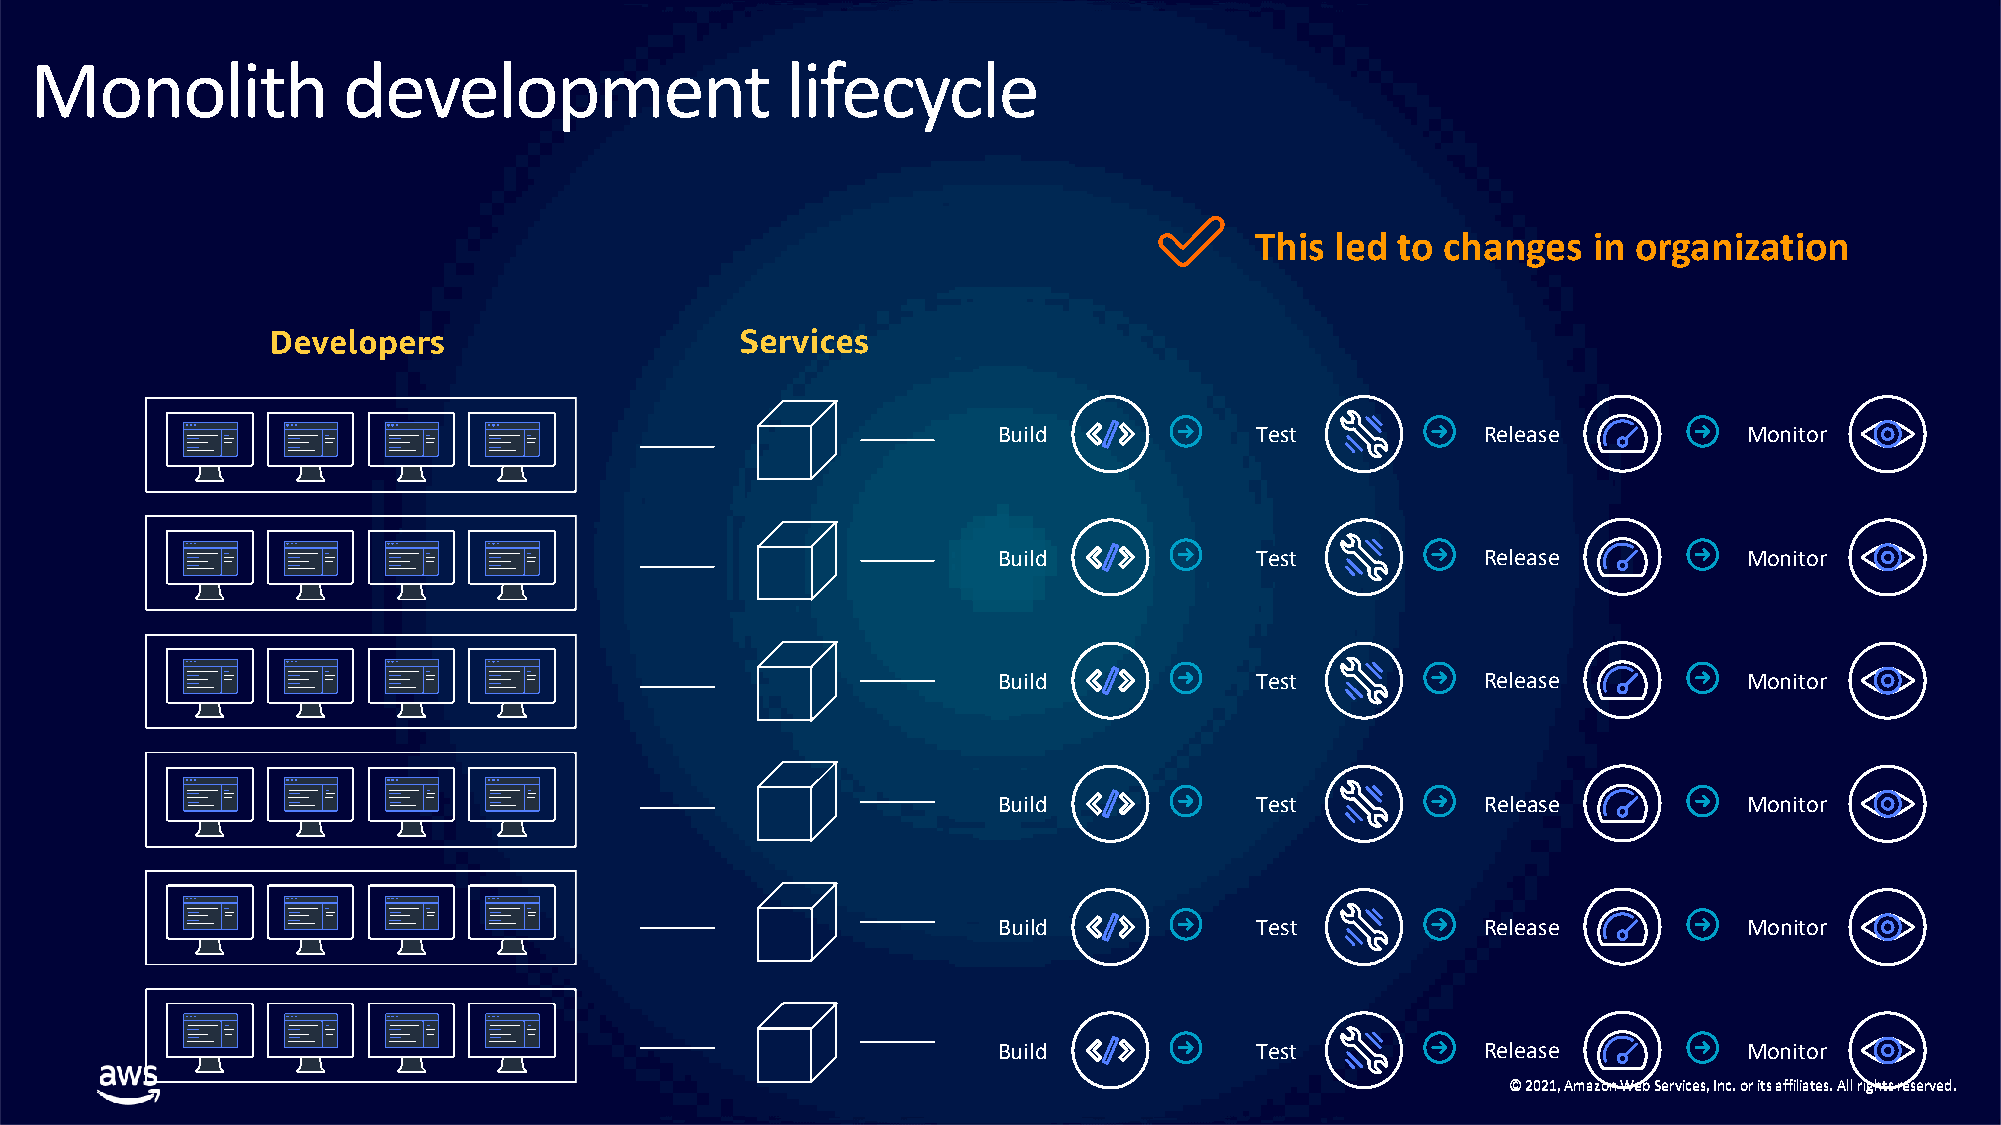
Monolith             development                  lifecycle
 This led to changes   in organization
 Build            Test           Release           Monitor
 Build            Test           Release           Monitor
 Build            Test           Release           Monitor
 Build            Test           Release           Monitor
 Build            Test           Release           Monitor
 Build            Test           Release           Monitor
 ©© 22002211,, AAmmaazzoonn WWeebb SSeerrvviicceess,, IInncc.. oorr iittss aaffffiilliiaatteess.. AAllll rriigghhttss rreesseerrvveedd..